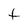
Character: t